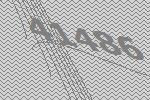
41486